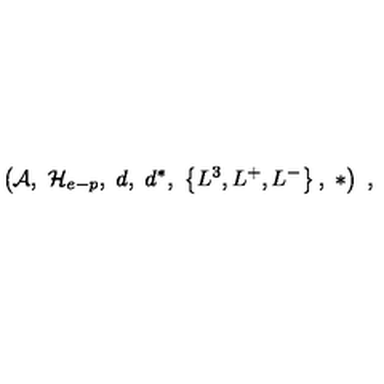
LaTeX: \left( { \mathcal A } , \ { \mathcal H } _ { e - p } , \ d , \ d ^ { * } , \ \left\{ L ^ { 3 } , L ^ { + } , L ^ { - } \right\} , \ * \right) \ ,